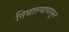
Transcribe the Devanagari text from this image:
निघाल्यापासून